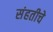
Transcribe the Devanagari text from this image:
संहतीचे